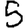
Digit: 5